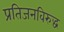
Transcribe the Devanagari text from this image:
प्रतिजनविरुद्ध